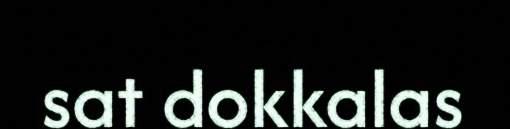
sat dokkalas